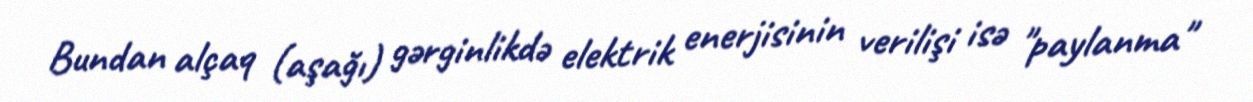
Bundan alçaq (aşağı) gərginlikdə elektrik enerjisinin verilişi isə "paylanma"